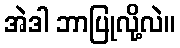
အဲဒါ ဘာပြုလို့လဲ။